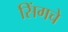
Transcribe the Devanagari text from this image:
सिंगचे